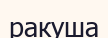
ракуша